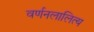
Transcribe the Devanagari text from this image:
वर्णनलालित्य